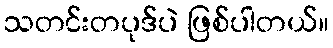
သတင်းတပုဒ်ပဲ ဖြစ်ပါတယ်။